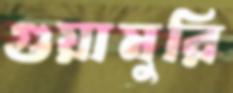
গুয়ামুরি